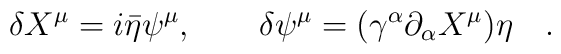
\delta X^{\mu}=i\bar{\eta} \psi ^{\mu},\quad \quad\delta \psi^{\mu}=(\gamma ^{\alpha}\partial_{\alpha}X^{\mu})\eta\quad .